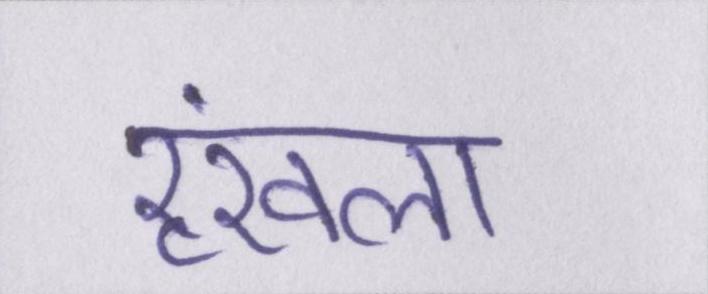
रॄंखला